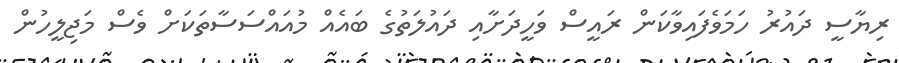
ރިޔާސީ ދައުރު ހަމަވެފައިވާކަން ރައީސް ވަހީދަށާއި ދައުލަތުގެ ބައެއް މުއައްސަސާތަކަށް ވެސް މަޖިލީހުން